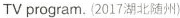
TV program. (2017湖北随州)